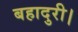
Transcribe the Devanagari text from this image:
बहादुरी।